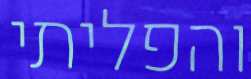
והפליתי